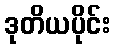
ဒုတိယပိုင်း